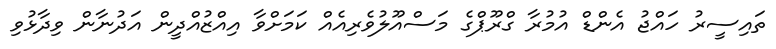
ތައިސީރު ހައްޖު އެންޑް އުމުރާ ގްރޫޕްގެ މަސްއޫލުވެރިއެއް ކަމަށްވާ އިއްޒުއްދީން އަދުނާން ވިދާޅުވި